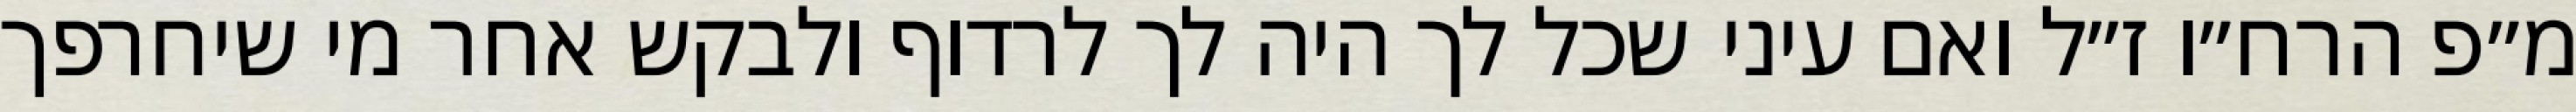
מ״פ הרח״ו ז״ל ואם עיני שכל לך היה לך לרדוף ולבקש אחר מי שיחרפך